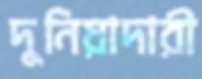
দুনিয়াদারী